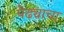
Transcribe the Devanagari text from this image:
पेढ्याचा